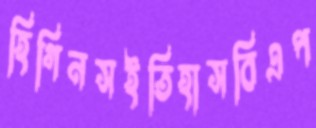
হিগিনসইতিহাসবিএপ